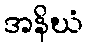
အနိဃံ